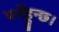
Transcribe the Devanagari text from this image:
पर्नेहुन्छ।